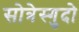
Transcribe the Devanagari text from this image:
सोत्रेस्गुदो